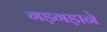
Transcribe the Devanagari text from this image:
गड़गड़ाने